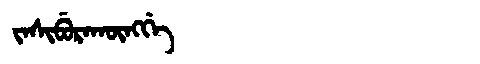
Manchu: ᠵᠠᠰᡳᠪᡠᡵᠠᡴᡡᠩᡤᡝ
Romanization: JASIBURAKŪNGGE